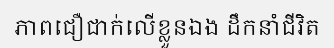
ភាពជឿជាក់លើខ្លួនឯង ដឹកនាំជីវិត